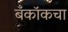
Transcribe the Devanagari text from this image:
बँकॉकचा